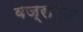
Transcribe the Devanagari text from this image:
वज्रागार